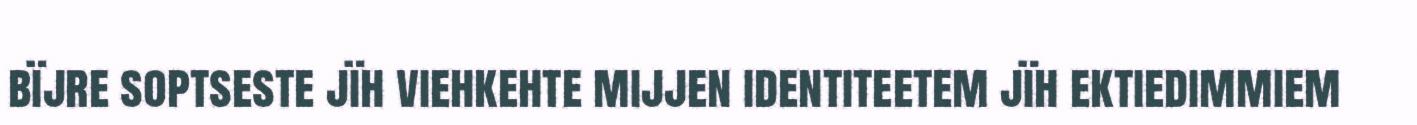
bïjre soptseste jïh viehkehte mijjen identiteetem jïh ektiedimmiem